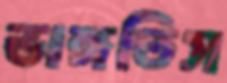
ভাঙ্গতিস